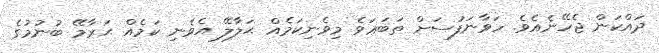
ދައްކަން ޖެހޭނެއެވެ. ހަވާނަފުސަށް ތަބަޢަވެ މިވެނިކަމެއް ޙަލާލޭ އެވެނި ކަމެއް ޙަރާމޭ ބުނުމުގެ